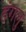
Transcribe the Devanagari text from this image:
हंगलु